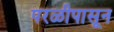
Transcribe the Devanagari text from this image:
परळीपासून